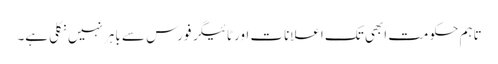
تاہم حکومت ابھی تک اعلانات اور ٹائیگر فورس سے باہر نہیں نکلی ہے۔